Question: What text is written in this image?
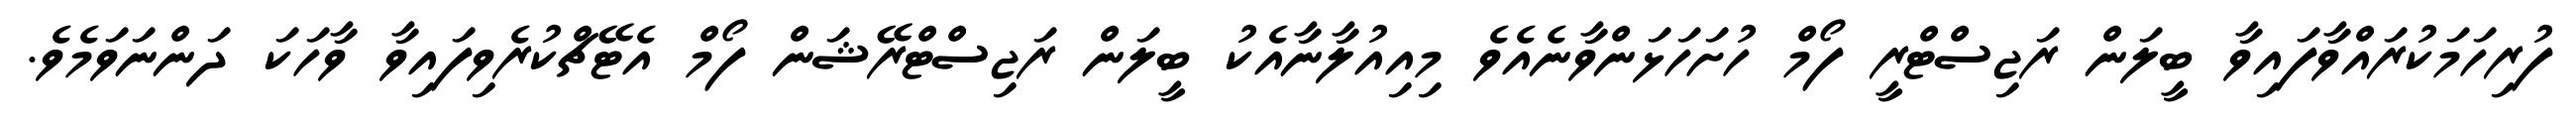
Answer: ފުރިހަމަކުރައްވާފައިވާ ބީލަން ރަޖިސްޓްރީ ފޯމް ހުށަހަޅަންވާނެއެވެ މިއިއުލާނާއެކު ބީލަން ރަޖިސްޓްރޭޝަން ފޯމް އެޓޭޗްކުރެވިފައިވާ ވާހަކަ ދަންނަވަމެވެ.